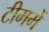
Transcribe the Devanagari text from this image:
टीममें